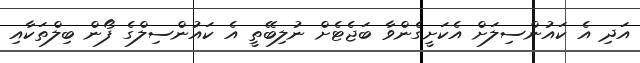
އަދި އެ ކައުންސިލަށް އެކަށީގެންވާ ބަޖެޓެށް ނުލިބޭތީ އެ ކައުންސިލްގެ ފޯން ބިލްތަކާއި